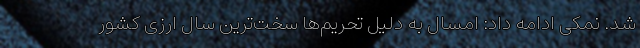
شد. نمکی ادامه داد: امسال به دلیل تحریم‌ها سخت‌ترین سال ارزی کشور